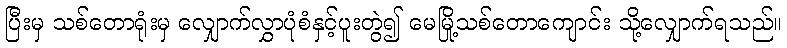
ပြီးမှ သစ်တောရုံးမှ လျှောက်လွှာပုံစံနှင့်ပူးတွဲ၍ မေမြို့သစ်တောကျောင်း သို့လျှောက်ရသည်။